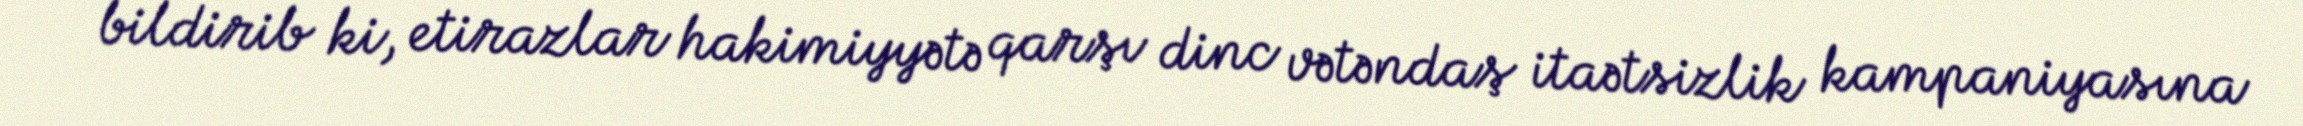
bildirib ki, etirazlar hakimiyyətə qarşı dinc vətəndaş itaətsizlik kampaniyasına